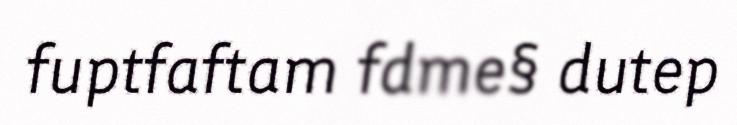
fuptfaftam fdme§ dutep